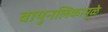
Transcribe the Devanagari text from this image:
वायुनलिकामुळे